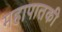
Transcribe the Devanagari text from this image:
महापातकी